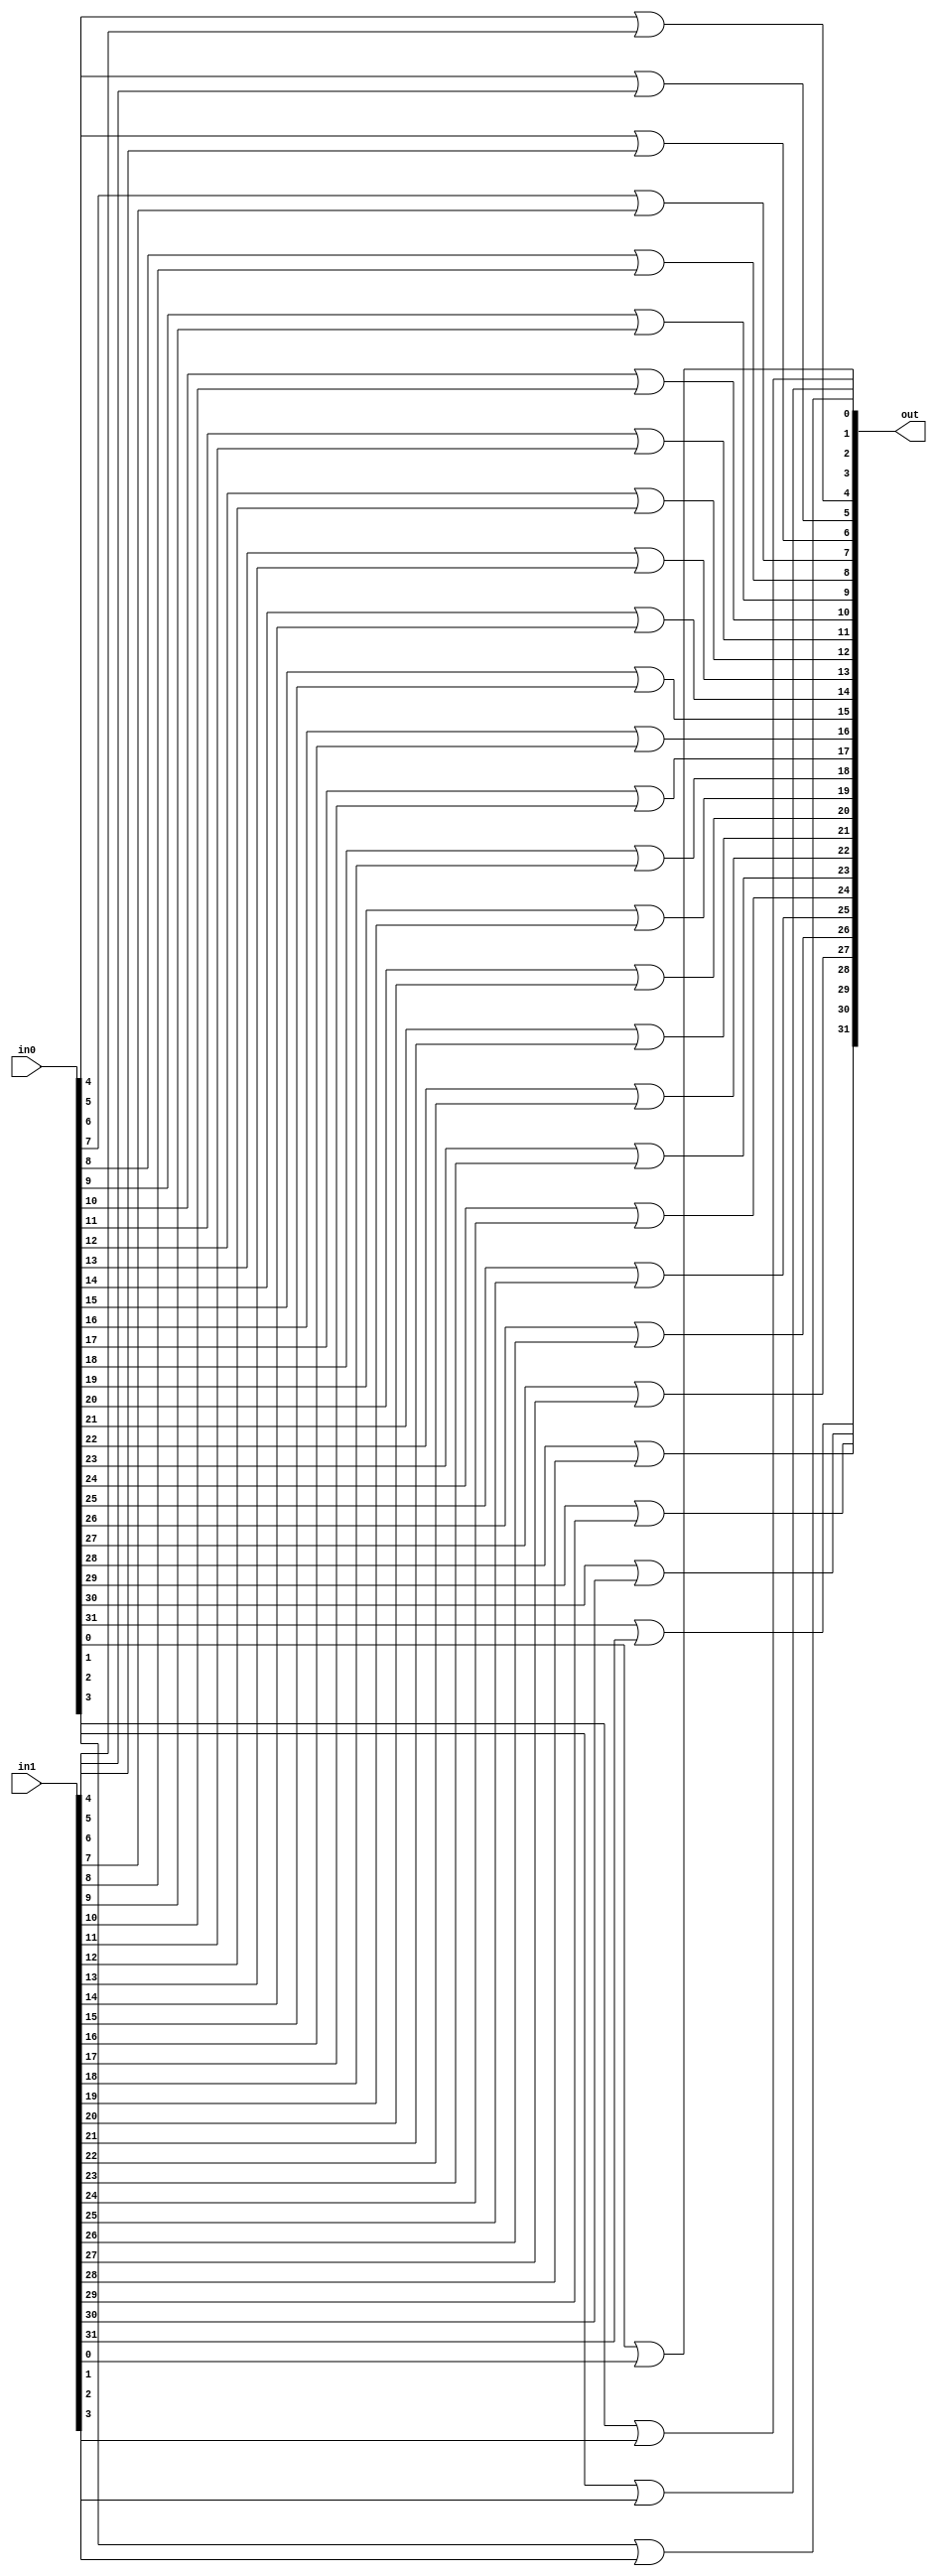
module bit_or(out, in0, in1);
input [31:0] in0, in1;
output [31:0] out;

//apply or gate to each bit of input
or or_gate0(out[0], in0[0], in1[0]);
or or_gate1(out[1], in0[1], in1[1]);
or or_gate2(out[2], in0[2], in1[2]);
or or_gate3(out[3], in0[3], in1[3]);
or or_gate4(out[4], in0[4], in1[4]);
or or_gate5(out[5], in0[5], in1[5]);
or or_gate6(out[6], in0[6], in1[6]);
or or_gate7(out[7], in0[7], in1[7]);
or or_gate8(out[8], in0[8], in1[8]);
or or_gate9(out[9], in0[9], in1[9]);
or or_gate10(out[10], in0[10], in1[10]);
or or_gate11(out[11], in0[11], in1[11]);
or or_gate12(out[12], in0[12], in1[12]);
or or_gate13(out[13], in0[13], in1[13]);
or or_gate14(out[14], in0[14], in1[14]);
or or_gate15(out[15], in0[15], in1[15]);
or or_gate16(out[16], in0[16], in1[16]);
or or_gate17(out[17], in0[17], in1[17]);
or or_gate18(out[18], in0[18], in1[18]);
or or_gate19(out[19], in0[19], in1[19]);
or or_gate20(out[20], in0[20], in1[20]);
or or_gate21(out[21], in0[21], in1[21]);
or or_gate22(out[22], in0[22], in1[22]);
or or_gate23(out[23], in0[23], in1[23]);
or or_gate24(out[24], in0[24], in1[24]);
or or_gate25(out[25], in0[25], in1[25]);
or or_gate26(out[26], in0[26], in1[26]);
or or_gate27(out[27], in0[27], in1[27]);
or or_gate28(out[28], in0[28], in1[28]);
or or_gate29(out[29], in0[29], in1[29]);
or or_gate30(out[30], in0[30], in1[30]);
or or_gate31(out[31], in0[31], in1[31]);




endmodule